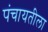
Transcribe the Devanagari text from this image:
पंचायतीला